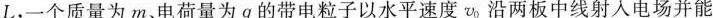
L，一个质量为m、电荷量为q的带电粒子以水平速度\nu _ { 0}沿两板中线射入电场并能